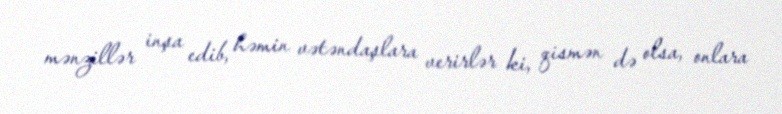
mənzillər inşa edib, həmin vətəndaşlara verirlər ki, qismən də olsa, onlara